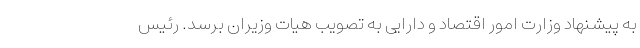
به پیشنهاد وزارت امور اقتصاد و دارایی به تصویب هیات وزیران برسد. رئیس